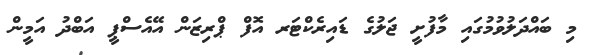
މި ބައްދަލުވުމުގައި މާފުށީ ޖަލުގެ ޑައިރެކްޓަރ އޮފް ޕްރިޒަން އޭއެސްޕީ އަބްދު އަމީން